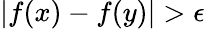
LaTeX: |f(x)-f(y)|>\epsilon